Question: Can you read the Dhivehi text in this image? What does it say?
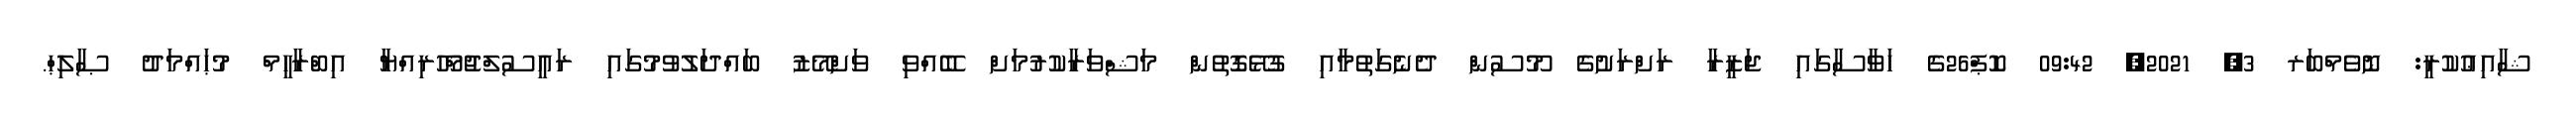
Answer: ޝާއިޢުކުރީ: ނޮވެމްބަރ 3, 2021, 09:42 ކޮޕް26ގެ ހަވާސާގައި ޖަޒީރާ ރަށްރަށުގެ މޫސުން ދެނެގަތުމާއި ގުޅޭގޮތުން މަޝްވަރާކުރުމަށް ބޭއްވި ވަށްމޭޒު ބައްދަލުވުމުގައި ރައީސުލްޖުމްހޫރިއްޔާ އިބްރާހީމް މުޙައްމަދު ޞާލިޙް.